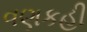
વણકહી